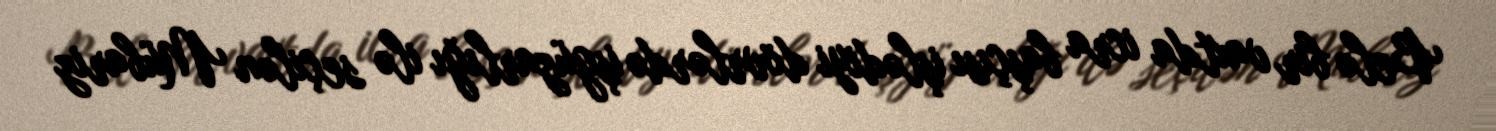
Belə bir vaxtda icra başçısı işlədiyi dövrlərdə işgüzarlığı ilə seçilən Mübariz